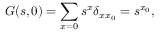
G ( s , 0 ) = \sum _ { x = 0 } s ^ { x } \delta _ { x x _ { 0 } } = s ^ { x _ { 0 } } ,